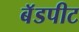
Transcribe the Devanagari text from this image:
बॅडपीट